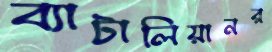
ব্যাটালিয়ানর